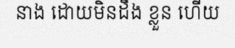
នាង ដោយមិនដឹង ខ្លួន ហើយ